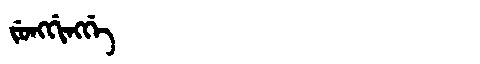
Manchu: ᠵᡠᠩᡤᡳᠩᡤᡝ
Romanization: JUNGGINGGE